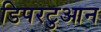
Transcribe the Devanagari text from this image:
डिपरटुआन